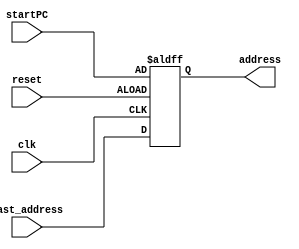
`timescale 1ns / 1ps

module ProgramCounter
    #(parameter PC_WIDTH = 32)
    ( 
        input clk, 
        input reset,
        input [PC_WIDTH-1:0] startPC,
        input [PC_WIDTH-1:0] last_address,
        output reg [PC_WIDTH-1:0] address

    );
    
    
   // Asynchronous reset, and trigerred at negedge of the clock
   always @(negedge clk or negedge reset)begin
    // Load the start_pc if reset is low
    if (reset==1'b0)
        address <= startPC;
    else 
        address <= last_address;
    end
endmodule